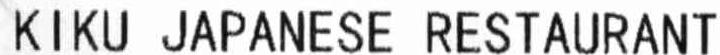
KIKU JAPANESE RESTAURANT